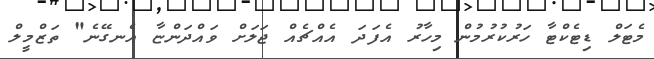
މެޓަލް ޑިޓެކްޓާ ހަރުކުރުމުން މިހާރު އެފަދަ އެއްޗެއް ޖަލަށް ވައްދަންޏާ އެނގޭނެ" ތަޒްމީލް